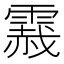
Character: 𲊂